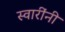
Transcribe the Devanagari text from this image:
स्वारींनी